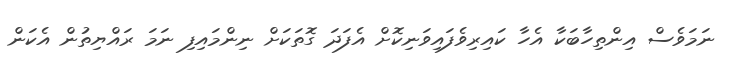
ނަމަވެސް އިންތިހާބަކާ އެހާ ކައިރިވެފައިވަނިކޮށް އެފަދަ ގޮތަކަށް ނިންމައިފި ނަމަ ރައްޔިތުން އެކަން